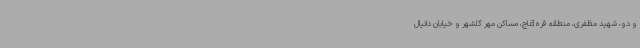
و دو، شهید مظفری، منطقه قره‌آغاج، مساکن مهر گلشهر و خیابان دانیال